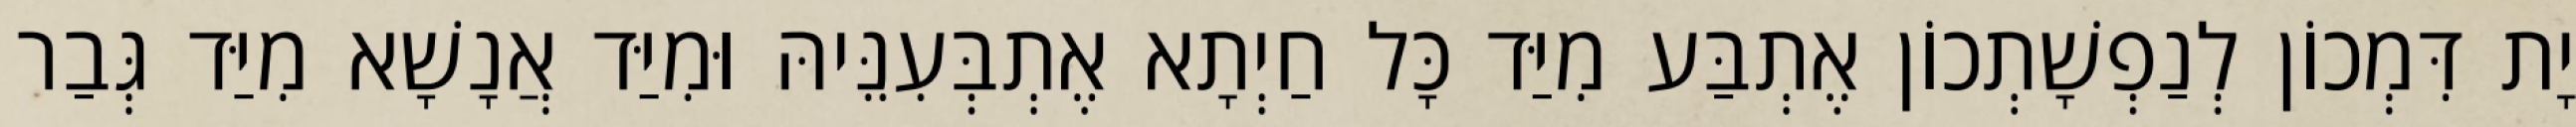
יָת דִּמְכוֹן לְנַפְשָׁתְכוֹן אֶתְבַּע מִיַּד כָּל חַיְתָא אֶתְבְּעִנֵּיהּ וּמִיַּד אֲנָשָׁא מִיַּד גְּבַר